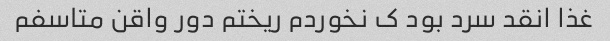
غذا انقد سرد بود ک نخوردم ریختم دور واقن متاسفم